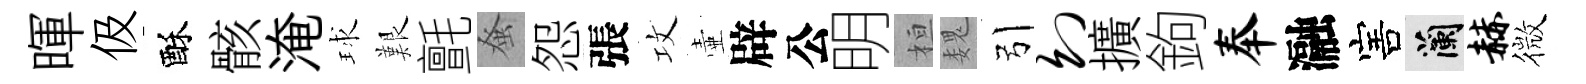
暉伋酥骸淹球艱氈𫊫怨張攻壷辟公明桓魏引幻擴鉤奉瀜害蘭赫微